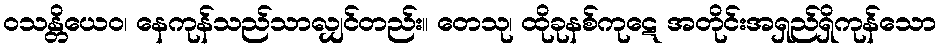
ဝသန္တိယေဝ၊ နေကုန်သည်သာလျှင်တည်း။ တေသု၊ ထိုခုနစ်ကုဋေ အတိုင်းအရှည်ရှိကုန်သော